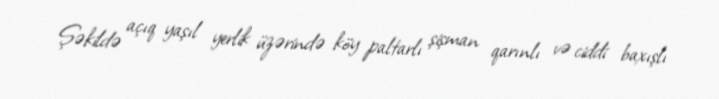
Şəkildə açıq yaşıl yerlik üzərində köy paltarlı şişman qarınlı və ciddi baxışlı